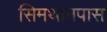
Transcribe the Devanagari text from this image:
सिमथानपास